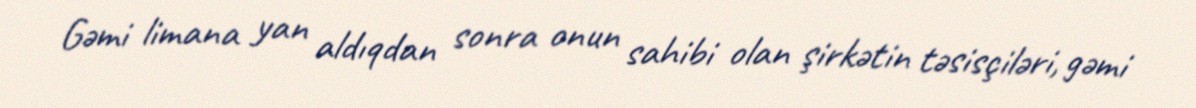
Gəmi limana yan aldıqdan sonra onun sahibi olan şirkətin təsisçiləri, gəmi